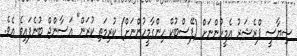
ސިޔާސީ ޕްރެޝަރު އެމީހުންނަށް (ފޭސްބުކް ހިންގާމީހުންނަށް) ކުރިމަތި ކުރަން" އަސާންޖް ބުނެފައިވެ އެވެ.